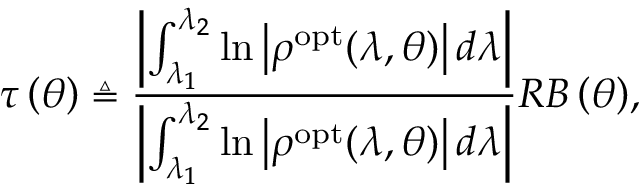
\tau \left( \theta \right) \triangleq \frac { \left| \int _ { \lambda _ { 1 } } ^ { \lambda _ { 2 } } \ln \left| \rho ^ { \mathrm { { o p t } } } ( \lambda , \theta ) \right| \! \, d \lambda \right| } { \left| \int _ { \lambda _ { 1 } } ^ { \lambda _ { 2 } } \ln \left| \rho ^ { \mathrm { { o p t } } } ( \lambda , \theta ) \right| \! \, d \lambda \right| } { { R B } \left( \theta \right) } ,